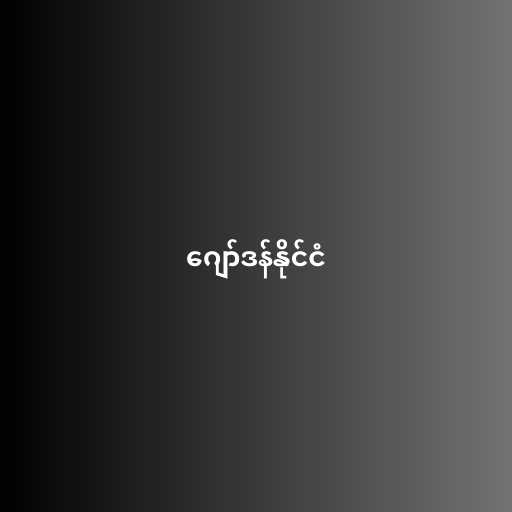
ဂျော်ဒန်နိုင်ငံ